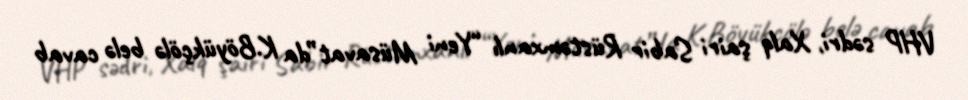
VHP sədri, Xalq şairi Sabir Rüstəmxanlı “Yeni Müsavat”da K.Böyükçölə belə cavab